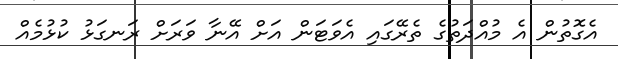
އެގޮތުން އެ މުއްދަތުގެ ތެރޭގައި އެވަޓަން އަށް އޭނާ ވަރަށް ރަނގަޅު ކުޅުމެއް